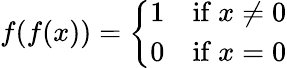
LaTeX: f(f(x))={\left\{ \begin{array}{ll}{1}&{{\mathrm{if~}}x\neq 0}\\ {0}&{{\mathrm{if~}}x=0}\end{array}\right.}